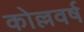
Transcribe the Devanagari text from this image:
कोल्लवर्ष